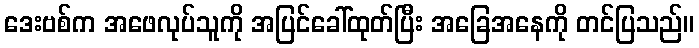
ဒေးဗစ်က အဖေလုပ်သူကို အပြင်ခေါ်ထုတ်ပြီး အခြေအနေကို တင်ပြသည်။